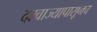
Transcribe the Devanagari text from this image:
दरवाज्यापासूनच